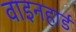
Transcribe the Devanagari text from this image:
वाइनहार्ड